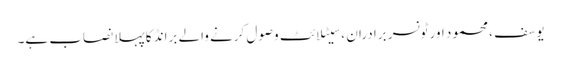
یوسف ، محمود اور ٹونسر برادران ، سیٹلائٹ وصول کرنے والے برانڈ کا پہلا نصاب ہے۔